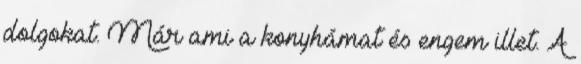
dolgokat. Már ami a konyhámat és engem illet. A